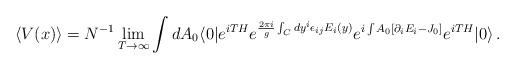
LaTeX: \begin{align*}\langle V(x)\rangle=N^{-1}\lim_{T\rightarrow\infty}\int dA_0\langle 0|e^{iTH}e^{{\frac{2\pi i}{g}}\int_C dy^i\epsilon_{ij}E_i(y)}e^{i\int A_0[\partial_iE_i-J_0]} e^{iTH}|0\rangle\,.\end{align*}